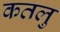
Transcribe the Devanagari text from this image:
कतलु